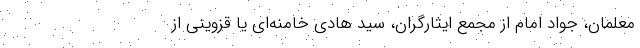
معلمان، جواد امام از مجمع ایثارگران، سید هادی خامنه‌ای یا قزوینی از